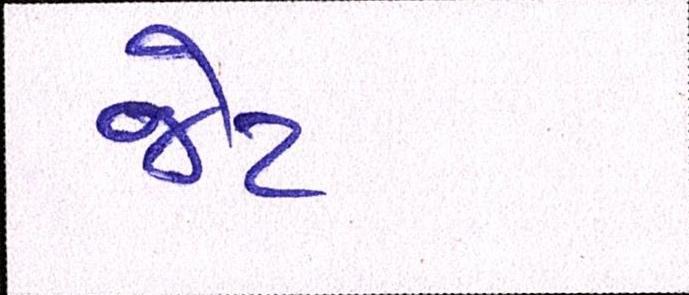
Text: જેટ